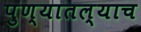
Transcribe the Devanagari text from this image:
पुण्यातल्याच